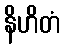
နိဟိတံ